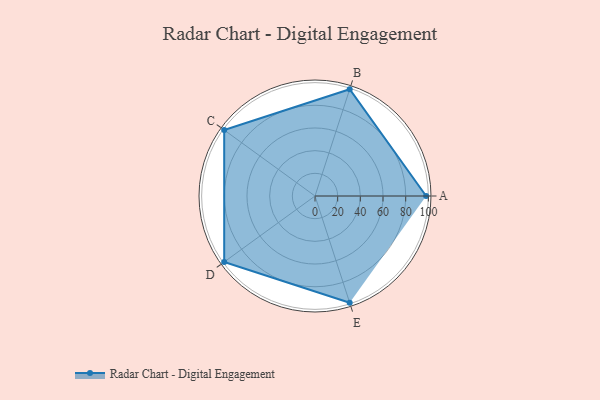
{"axis": {"x": "Skill", "y": "Score"}, "legend": ["Profile"], "data": [{"x": "A", "y": 98.0, "type": "Profile"}, {"x": "B", "y": 99, "type": "Profile"}, {"x": "C", "y": 99, "type": "Profile"}, {"x": "D", "y": 99, "type": "Profile"}, {"x": "E", "y": 99, "type": "Profile"}]}